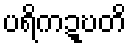
ပရိကဍ္ဎတိ